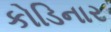
કોડિનાર